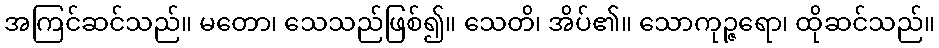
အကြင်ဆင်သည်။ မတော၊ သေသည်ဖြစ်၍။ သေတိ၊ အိပ်၏။ သောကုဉ္ဇရော၊ ထိုဆင်သည်။